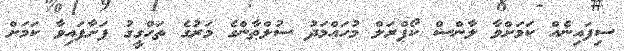
ސިފައިނެއް ކަމަށްވާ ލާންސް ކޯޕްރަލް މުހައްމަދު ސުލްޠާންގެ މަރުގެ ތަހްގީގު ފަށާފައިވާ ކަމަށް